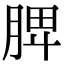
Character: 𦜉